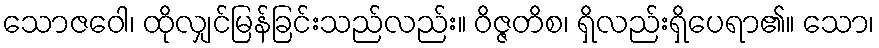
သောဇဝေါ၊ ထိုလျှင်မြန်ခြင်းသည်လည်း။ ဝိဇ္ဇတိစ၊ ရှိလည်းရှိပေရာ၏။ သော၊